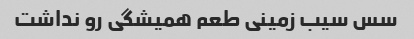
سس سیب زمینی طعم همیشگی رو نداشت